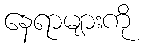
နေရာများကို